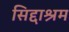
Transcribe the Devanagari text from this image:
सिद्दाश्रम